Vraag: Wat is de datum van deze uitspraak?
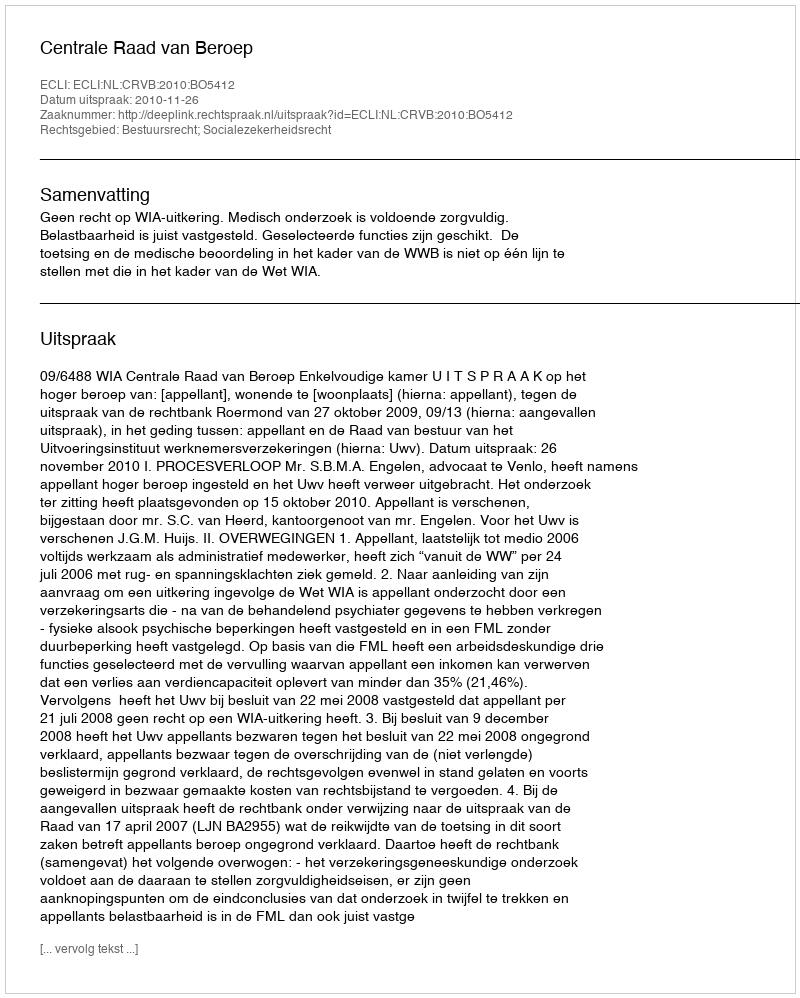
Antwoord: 2010-11-26